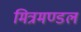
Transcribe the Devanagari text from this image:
मित्रमण्डल